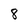
Character: 8